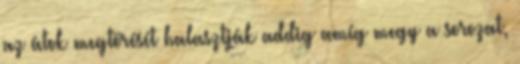
az átok megtörését halasztják addig amíg megy a sorozat,